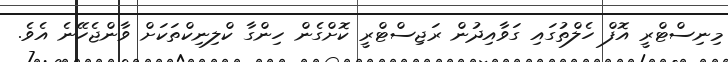
މިނިސްޓްރީ އޮފް ހެލްތުގައި ގަވާއިދުން ރަޖިސްޓްރީ ކޮށްގެން ހިންގާ ކްލިނިކްތަކަށް ވާންޖެހޭނެ އެވެ.